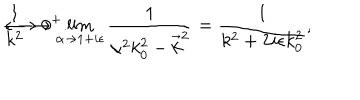
LaTeX: \frac { 1 } { k ^ { 2 } } \rightarrow \lim _ { \alpha \rightarrow 1 + i \epsilon } \frac { 1 } { \alpha ^ { 2 } k _ { 0 } ^ { 2 } - \vec { k } ^ { 2 } } = \frac { 1 } { k ^ { 2 } + 2 i \epsilon k _ { 0 } ^ { 2 } } , \hspace { . 5 c m } \epsilon \rightarrow 0 ^ { + } .